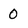
Character: 0